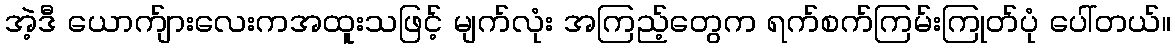
အဲ့ဒီ ယောက်ျားလေးကအထူးသဖြင့် မျက်လုံး အကြည့်တွေက ရက်စက်ကြမ်းကြုတ်ပုံ ပေါ်တယ်။